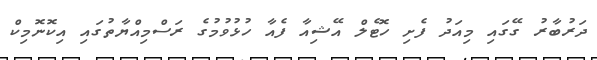
ދަރުބާރު ގޭގައި މިއަދު ފެށި ހޮޓެލް އޭޝިއާ ފެއާ ހުޅުވުމުގެ ރަސްމިއްޔާތުގައި އިކޮނޮމިކް